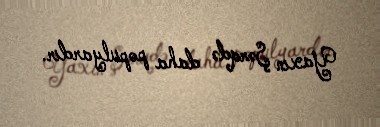
Yaxın Şərqdə daha populyardır.